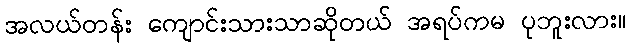
အလယ်တန်း ကျောင်းသားသာဆိုတယ် အရပ်ကမ ပုဘူးလား။